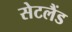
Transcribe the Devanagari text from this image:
सेटलैंड